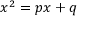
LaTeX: x ^ { 2 } = p x + q